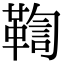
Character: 鞫